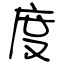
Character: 度